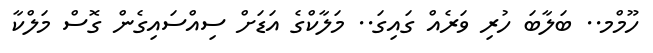
ހޫމްމ.. ބަލާބަ ހުރި ވަރެއް ގައިގަ.. މަލާކްގެ އަޑަށް ސިއްސައިގެން ގޮސް މަލްކާ